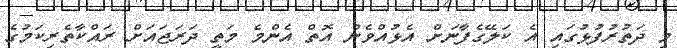
މި ދަތުރުފުޅުގައި އެ ކަލޭގެފާނަށް އެޅުއްވެން އޮތް އެންމެ މަތީ ދަރަޖައަށް ރައްކާތެރިކަމުގެ